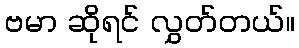
ဗမာ ဆိုရင် လွှတ်တယ်။